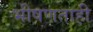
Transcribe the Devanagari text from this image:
भीषणताही